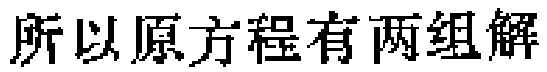
所以原方程有两组解